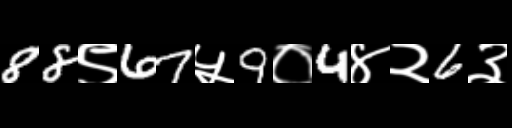
Text: 88९67५9०4४२6३